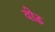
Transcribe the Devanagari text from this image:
वोढ